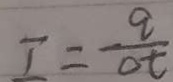
I = \frac { q } { \Delta t }